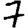
Digit: 7